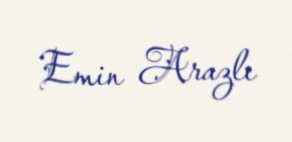
Emin Arazlı